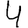
Digit: 4